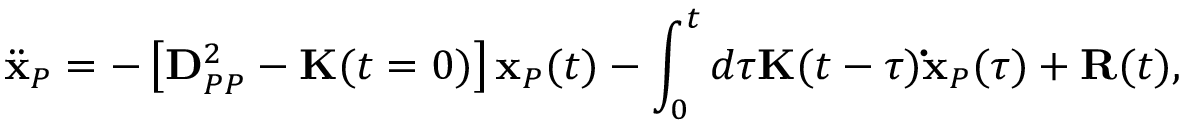
\ddot { \mathbf { x } } _ { P } = - \left[ \mathbf { D } _ { P P } ^ { 2 } - \mathbf { K } ( t = 0 ) \right] \mathbf { x } _ { P } ( t ) - \int _ { 0 } ^ { t } d \tau \mathbf { K } ( t - \tau ) \mathbf { \dot { x } } _ { P } ( \tau ) + \mathbf { R } ( t ) ,